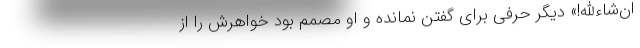
ان‌شاءالله!» دیگر حرفی برای گفتن نمانده و او مصمم بود خواهرش را از